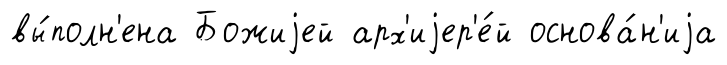
вы́полн'ена Божиjей арх'иjер'е́й основа́н'иjа